Madras plague regulations and rules - Volume 2
Disease focus: Plague
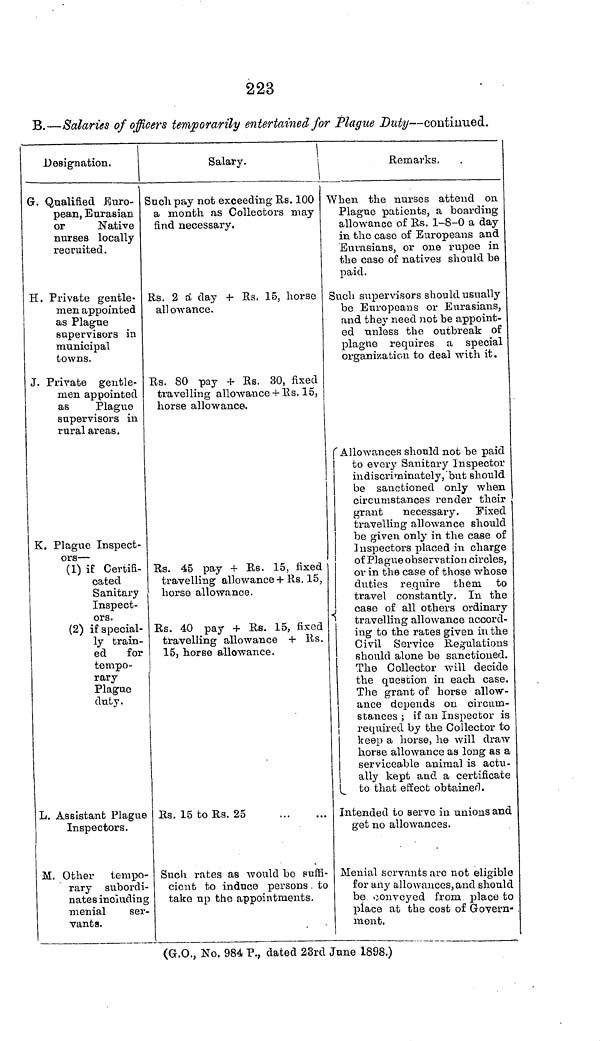
223
B.—Salaries of officers temporarily entertained for Plague Duty—continued.
Designation.
G. Qualified Euro-
pean, Eurasian
or
Native
nurses locally
recruited.
I. Private gentle-
men appointed
as Plague
supervisors in
municipal
towns.
J. Private gentle-
men appointed
as
Plague
supervisors in
rural areas.
K. Plague Inspect-
ors —
(1) if Certifi-
cated
Sanitary
Inspect-
ors.
(2) if special-
ly train-
ed
for
tempo-
rary
Plague
duty.
L. Assistant Plague
Inspectors.
M. Other tempo-
rary subordi-
nates including
menial
ser-
vants.
Salary.
Remarks.
Such pay not exceeding Rs. 100
a month as Collectors may
find necessary.
Rs. 2 a day + Rs. 15, horse
all owance.
Rs. 80 pay + Rs. 30, fixed
travelling allowance + Rs. 15,
horse allowance.
Rs. 45 pay + Rs. 15, fixed
travelling allowance + Rs. 15,
horse allowance.
Rs. 40 pay + Rs. 15, fixed
travelling allowance + Rs.
15, horse allowance.
Rs. 15 to Rs. 25
Such rates as would bo suffi-
cient to induce persons . to
take up the appointments.
When the nurses attend on
Plague patients, a boarding
allowance of Rs. 1-8-0 a day
in the case of Europeans and
Eurasians, or one rupee in
the case of natives should be
paid.
Such supervisors should usually
be Europeans or Eurasians,
and they need not be appoint-
ed unless the outbreak of
plague requires a special
organization to deal with it.
Allowances should not be paid
to every Sanitary Inspector
indiscriminately, but should
be sanctioned only when
circumstances render their
grant
necessary. Fixed
travelling allowance should
be given only in the case of
Inspectors placed in charge
of Plague observation circles,
or in the case of those whose
duties require them to
travel constantly. In the
case of all others ordinary
travelling allowance accord-
ing to the rates given in the
Civil Service Regulations
should alone be sanctioned.
The Collector will decide
the question in each case.
The grant of horse allow-
ance depends on circum-
stances ; if an Inspector is
required by the Collector to
keep a horse, he will draw
horse allowance as long as a
serviceable animal is actu-
ally kept and a certificate
to that effect obtained.
Intended to serve in unions and
get no allowances.
Menial servants are not eligible
for any allowances, and should
be conveyed from place to
place at the cost of Govern-
ment.
(G.O., No. 984 P., dated 23rd June 1898.)